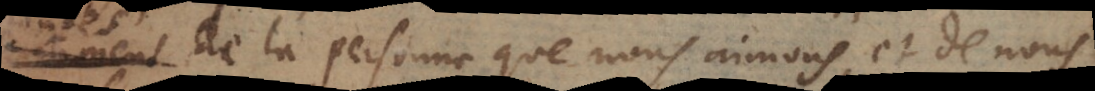
de la personne que nous aimons, et de nous